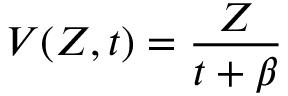
V ( Z , t ) = \frac { Z } { t + \beta }